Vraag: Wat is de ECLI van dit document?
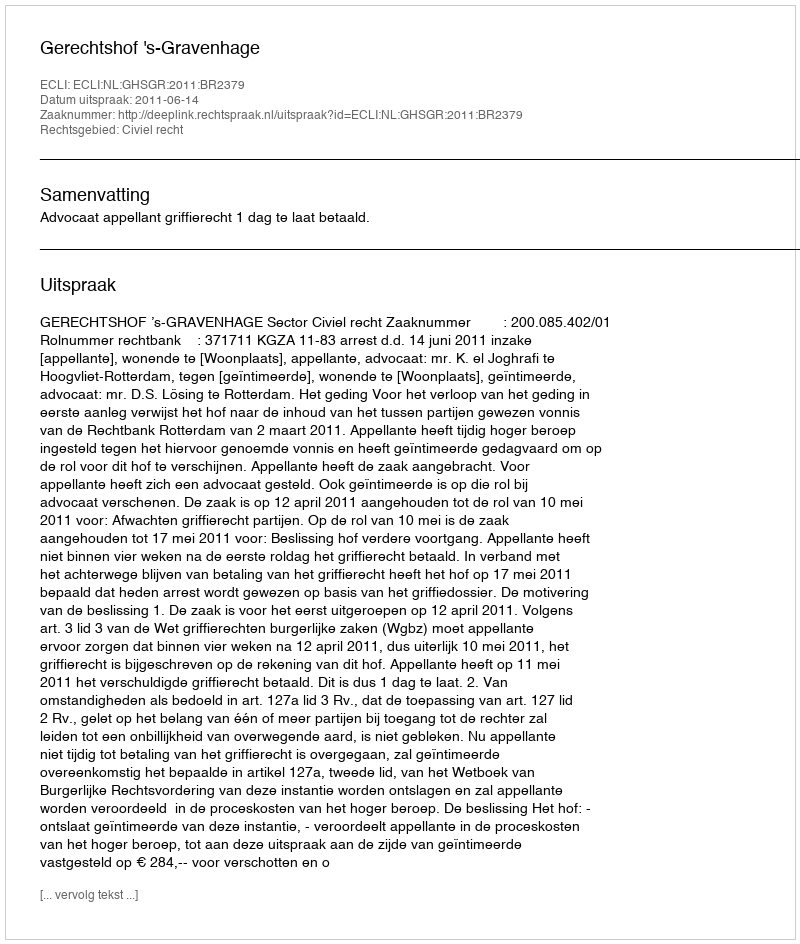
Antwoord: ECLI:NL:GHSGR:2011:BR2379